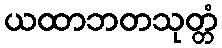
ယထာဘတသုတ္တံ